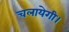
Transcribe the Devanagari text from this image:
चलायेगी।